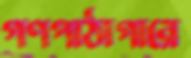
গণপাঠাগারে